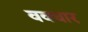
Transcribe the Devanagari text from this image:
ववचार